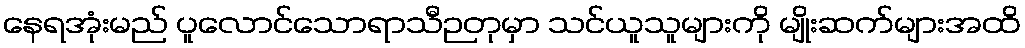
နေရအုံးမည် ပူလောင်သောရာသီဉတုမှာ သင်ယူသူများကို မျိုးဆက်များအထိ